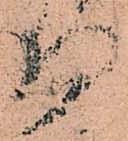
侍